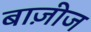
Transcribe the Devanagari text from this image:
बाज़ीज